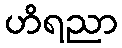
ဟိရညာ